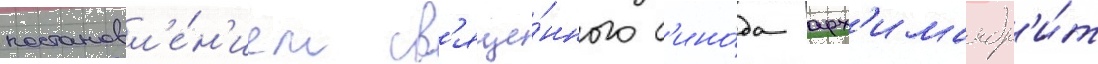
постановл'е́н'ием св'яще́нного с'ино́да арх'имандр'и́т